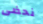
نحضى